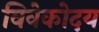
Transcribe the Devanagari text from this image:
विवेकोदय